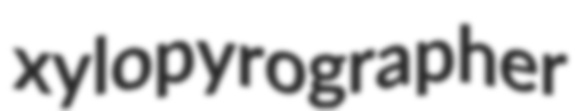
xylopyrographer